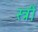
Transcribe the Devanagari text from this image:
स्त्रीं